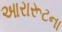
આરારૂટના